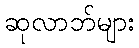
ဆုလာဘ်များ